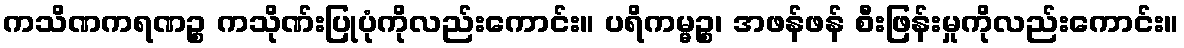
ကသိဏကရဏဉ္စ ကသိုဏ်းပြုပုံကိုလည်းကောင်း။ ပရိကမ္မဉ္စ၊ အဖန်ဖန် စီးဖြန်းမှုကိုလည်းကောင်း။